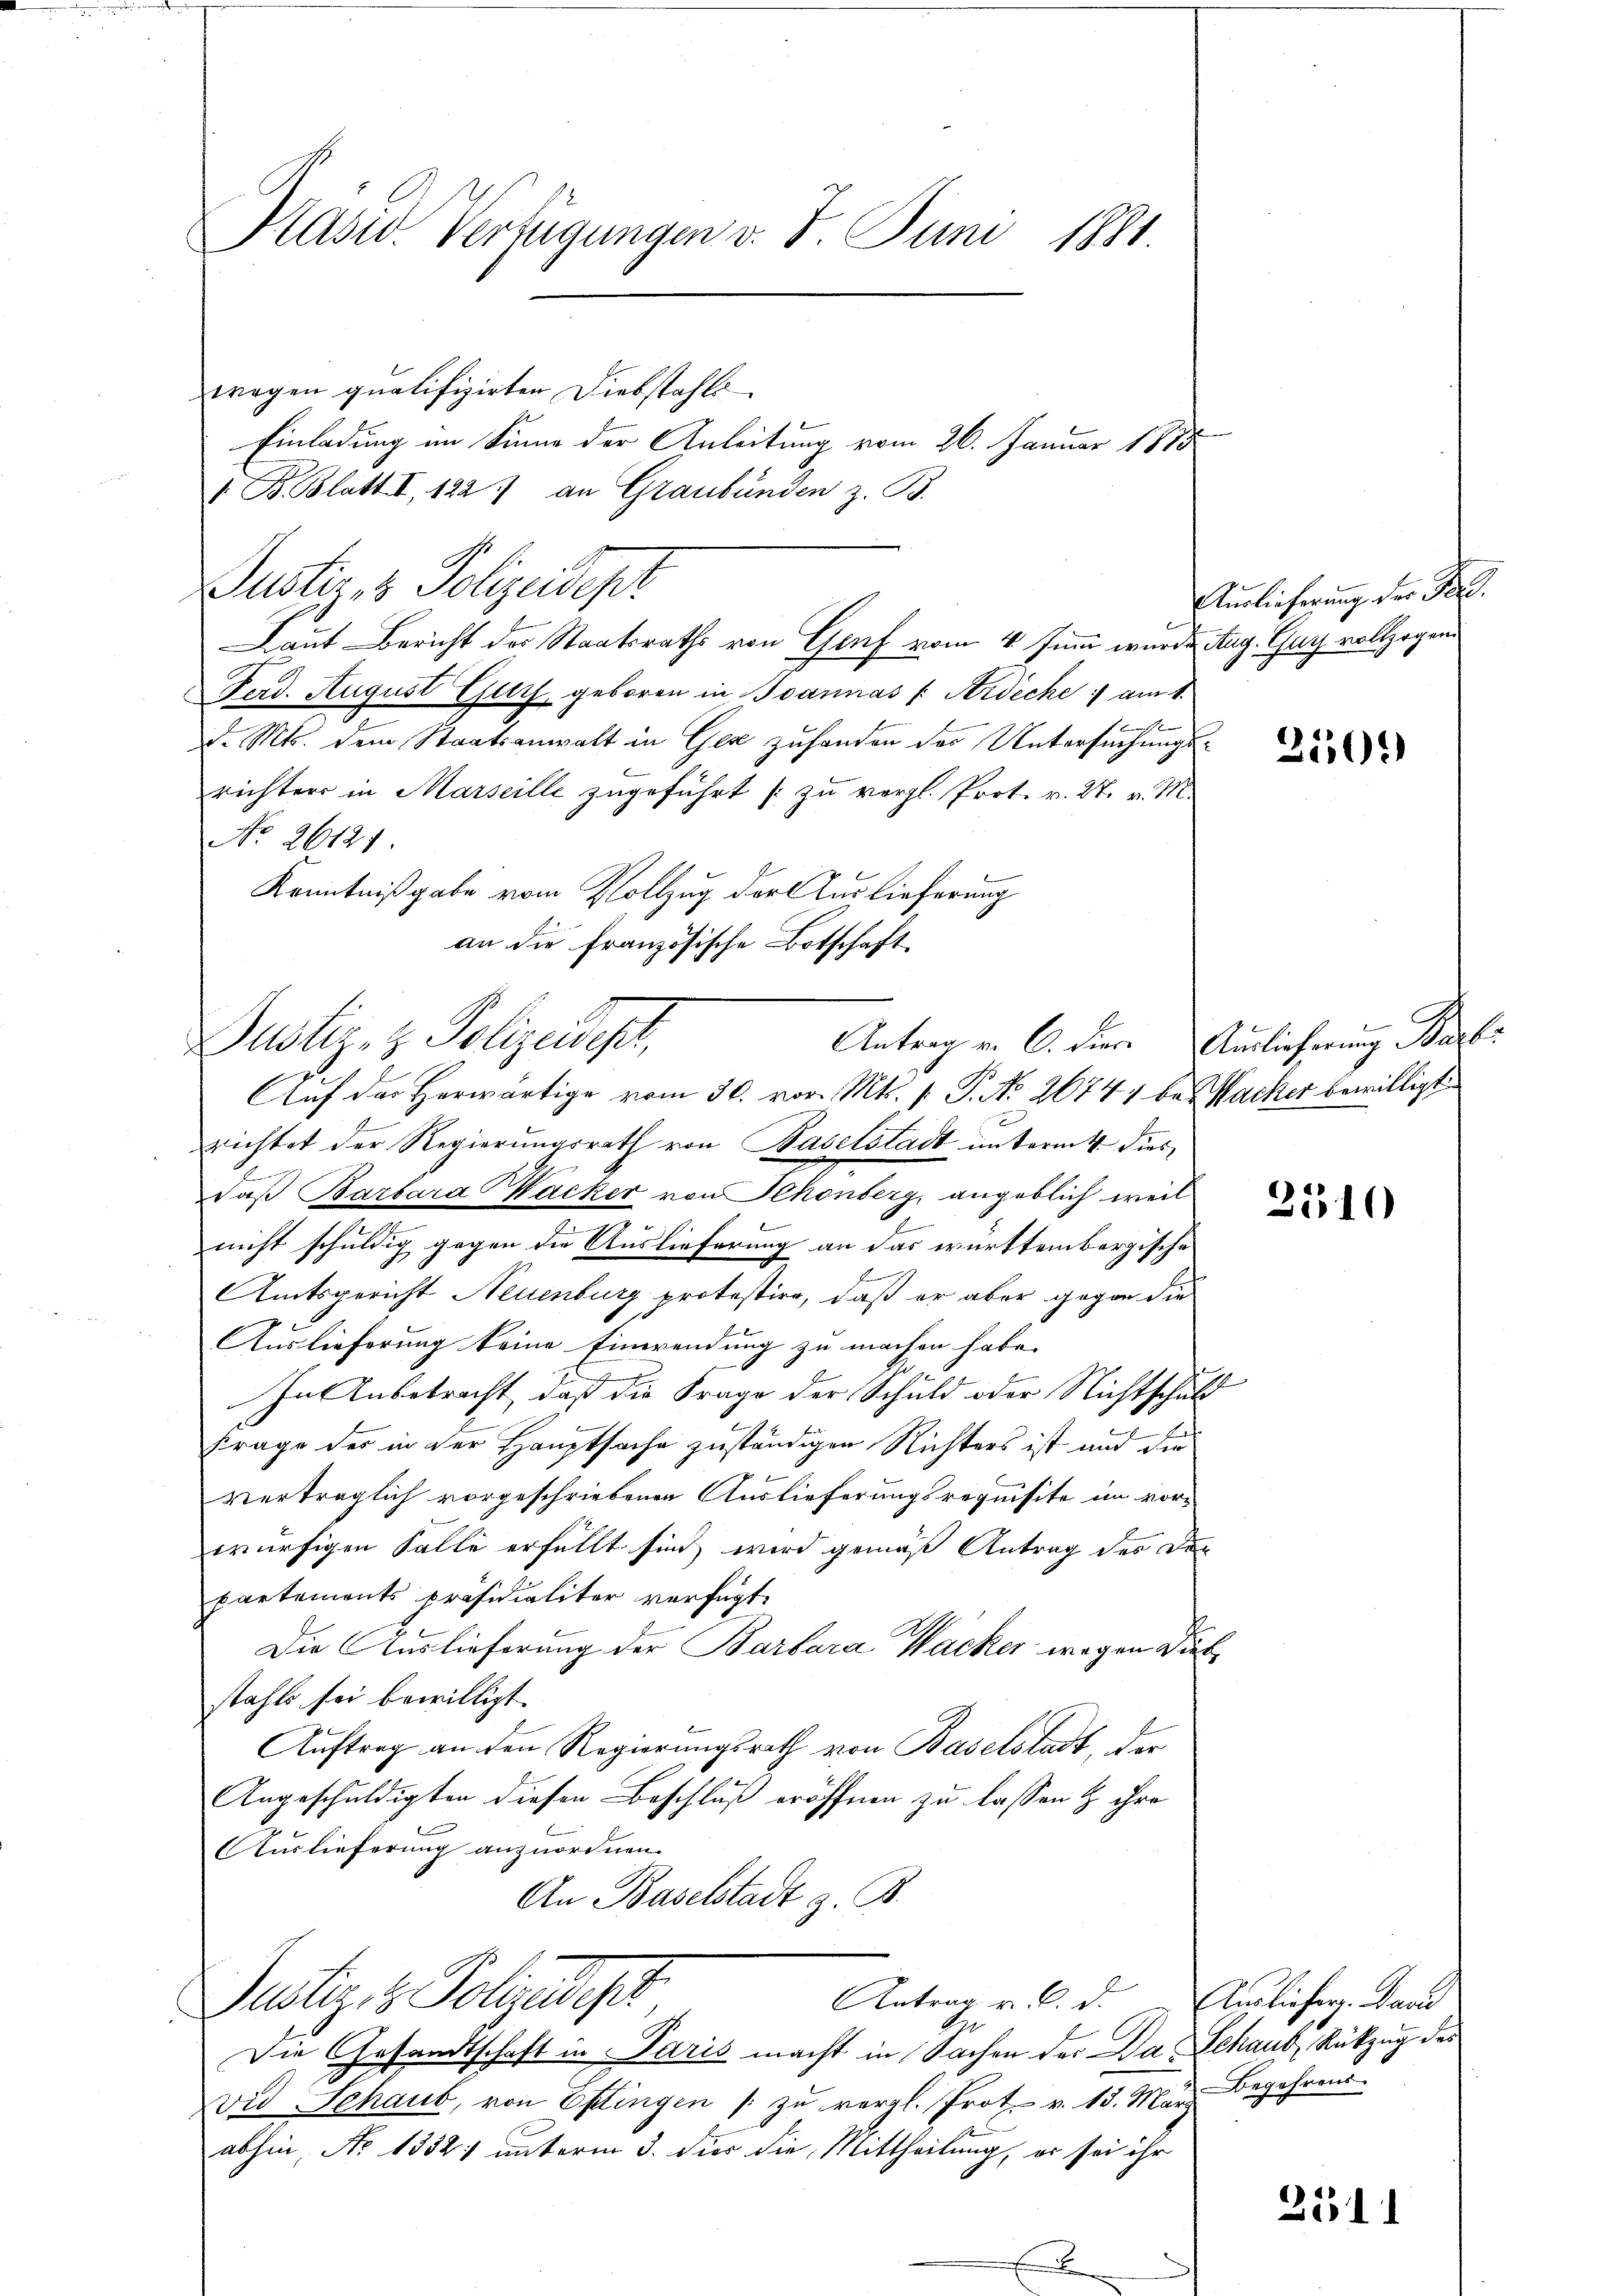
Kasw. Verfügungen v. 8. Juni 1881
wegen qualifizirten Diebstahls
Einladung im Sinne der Anleitung vom 26. Januar 1813.

/ B. Blatt I 122) an Graubünden z. B.
Justiz & Polizeidepr
Laut Bericht der Staatsraths von Genf vom 4. Juni wurde Aug. Guy vollzogen.
Ferd. August Gut geboren in Joannás |: Ardiche am 1.
t
d. Mts. dem Staatsanwalt in Gex zuhanden des Untersuchungsrichters in Marseille zugeführt zu vergl. Prot. v. 27. v. M.
No. 26121.
Kenntnißgabe vom Vollzug der Auslieferung
an die französische Botschaft.
richtet der Regierungsrath von Baselstadt unterm 4. dies
daß Barbara Wacker von Schönberg, angeblich weil
nicht schuldig gegen die Auslieferung an das württembergische
Amtsgericht Neuenburg protestire, daß er aber gegen die
.
Auslieferung keine Einwendung zu machen habe.
In Anbetracht, daß die Frage der Schuld oder Nichtschul¬
Frage des in der Hauptsache zuständigen Richters ist und die
verträglich vorgeschriebenen Auslieferungsrequisite im vorwürfigen Falle erfüllt sind wird gemäß Antrag des Dar
partements Präsidialiter verfügt:
Die Auslieferung der Barbara Wacker wegen die
stahls sei bewilligt.
Auftrag an den Regierungsrath von Baselstadt, der
Angeschuldigten diesen Beschluß eröffnen zu lassen & ihre
Auslieferung anzuordnen.
An Baselstadt z. B.
Justiz- & Polizeist
Antrag v. C. d. Auslieferg. David
Die Gesandtschaft in Paris macht in Sachen der Da Schaub, Rückzug des
vid Schaub, von Ettingen / zu vergl. Prot. v. 13. März
abhin, No 1352) unterm 3. dies die Mittheilung, er sei ihr

Justiz- & Polizeidest,
Auf der Herwärtige vom 30. vor. Mts. 1. P. No. 26741 bei Nacher bewilligt

Auslieferung der Pand.

250.

Antrag v. C. Hier Auslieferung Bar

2510

Begehrens.

2511